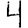
Digit: 4